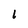
Character: 1